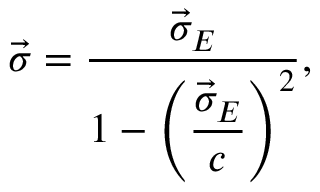
\vec { \sigma } = \frac { \vec { \sigma } _ { E } } { 1 - \left( \displaystyle \frac { \vec { \sigma } _ { E } } { c } \right) ^ { 2 } } ,